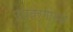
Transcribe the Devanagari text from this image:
उपवर्गामधे